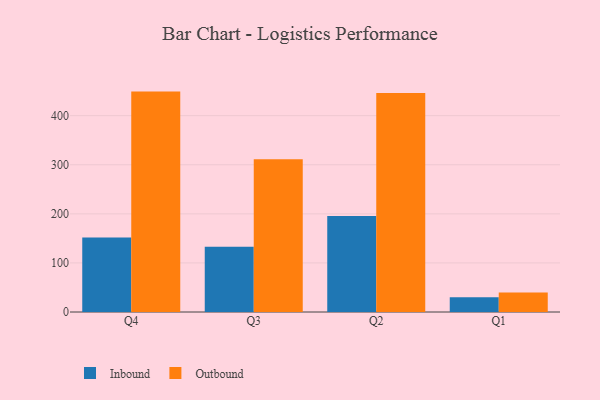
{"axis": {"x": "Quarter", "y": "Tickets Resolved"}, "legend": ["Inbound", "Outbound"], "data": [{"x": "Q4", "y": 152.0, "type": "Inbound"}, {"x": "Q4", "y": 449.1, "type": "Outbound"}, {"x": "Q3", "y": 133.1, "type": "Inbound"}, {"x": "Q3", "y": 311.0, "type": "Outbound"}, {"x": "Q2", "y": 195.7, "type": "Inbound"}, {"x": "Q2", "y": 446.1, "type": "Outbound"}, {"x": "Q1", "y": 30.2, "type": "Inbound"}, {"x": "Q1", "y": 39.6, "type": "Outbound"}]}